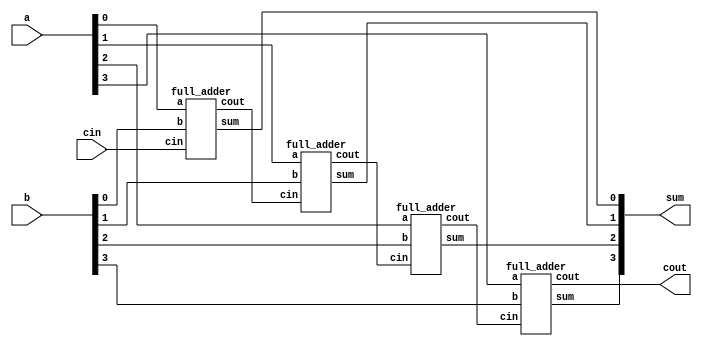
module ripple_carry_4_bit(a, b, cin, sum, cout);
input [3:0] a,b;
input cin;
wire c1,c2,c3;
output [3:0] sum;
output cout;
 
full_adder fa0(.a(a[0]), .b(b[0]),.cin(cin), .sum(sum[0]),.cout(c1));
full_adder fa1(.a(a[1]), .b(b[1]), .cin(c1), .sum(sum[1]),.cout(c2));
full_adder fa2(.a(a[2]), .b(b[2]), .cin(c2), .sum(sum[2]),.cout(c3));
full_adder fa3(.a(a[3]), .b(b[3]), .cin(c3), .sum(sum[3]),.cout(cout));
endmodule
 
 
module full_adder(a,b,cin,sum, cout);
input a,b,cin;
output sum, cout;
wire x,y,z;
half_adder  h1(.a(a), .b(b), .sum(x), .cout(y));
half_adder  h2(.a(x), .b(cin), .sum(sum), .cout(z));
assign cout= y|z;
endmodule


module half_adder( a,b, sum, cout );
input a,b;
output sum,  cout;
assign sum= a^b;
assign cout= a & b;
endmodule